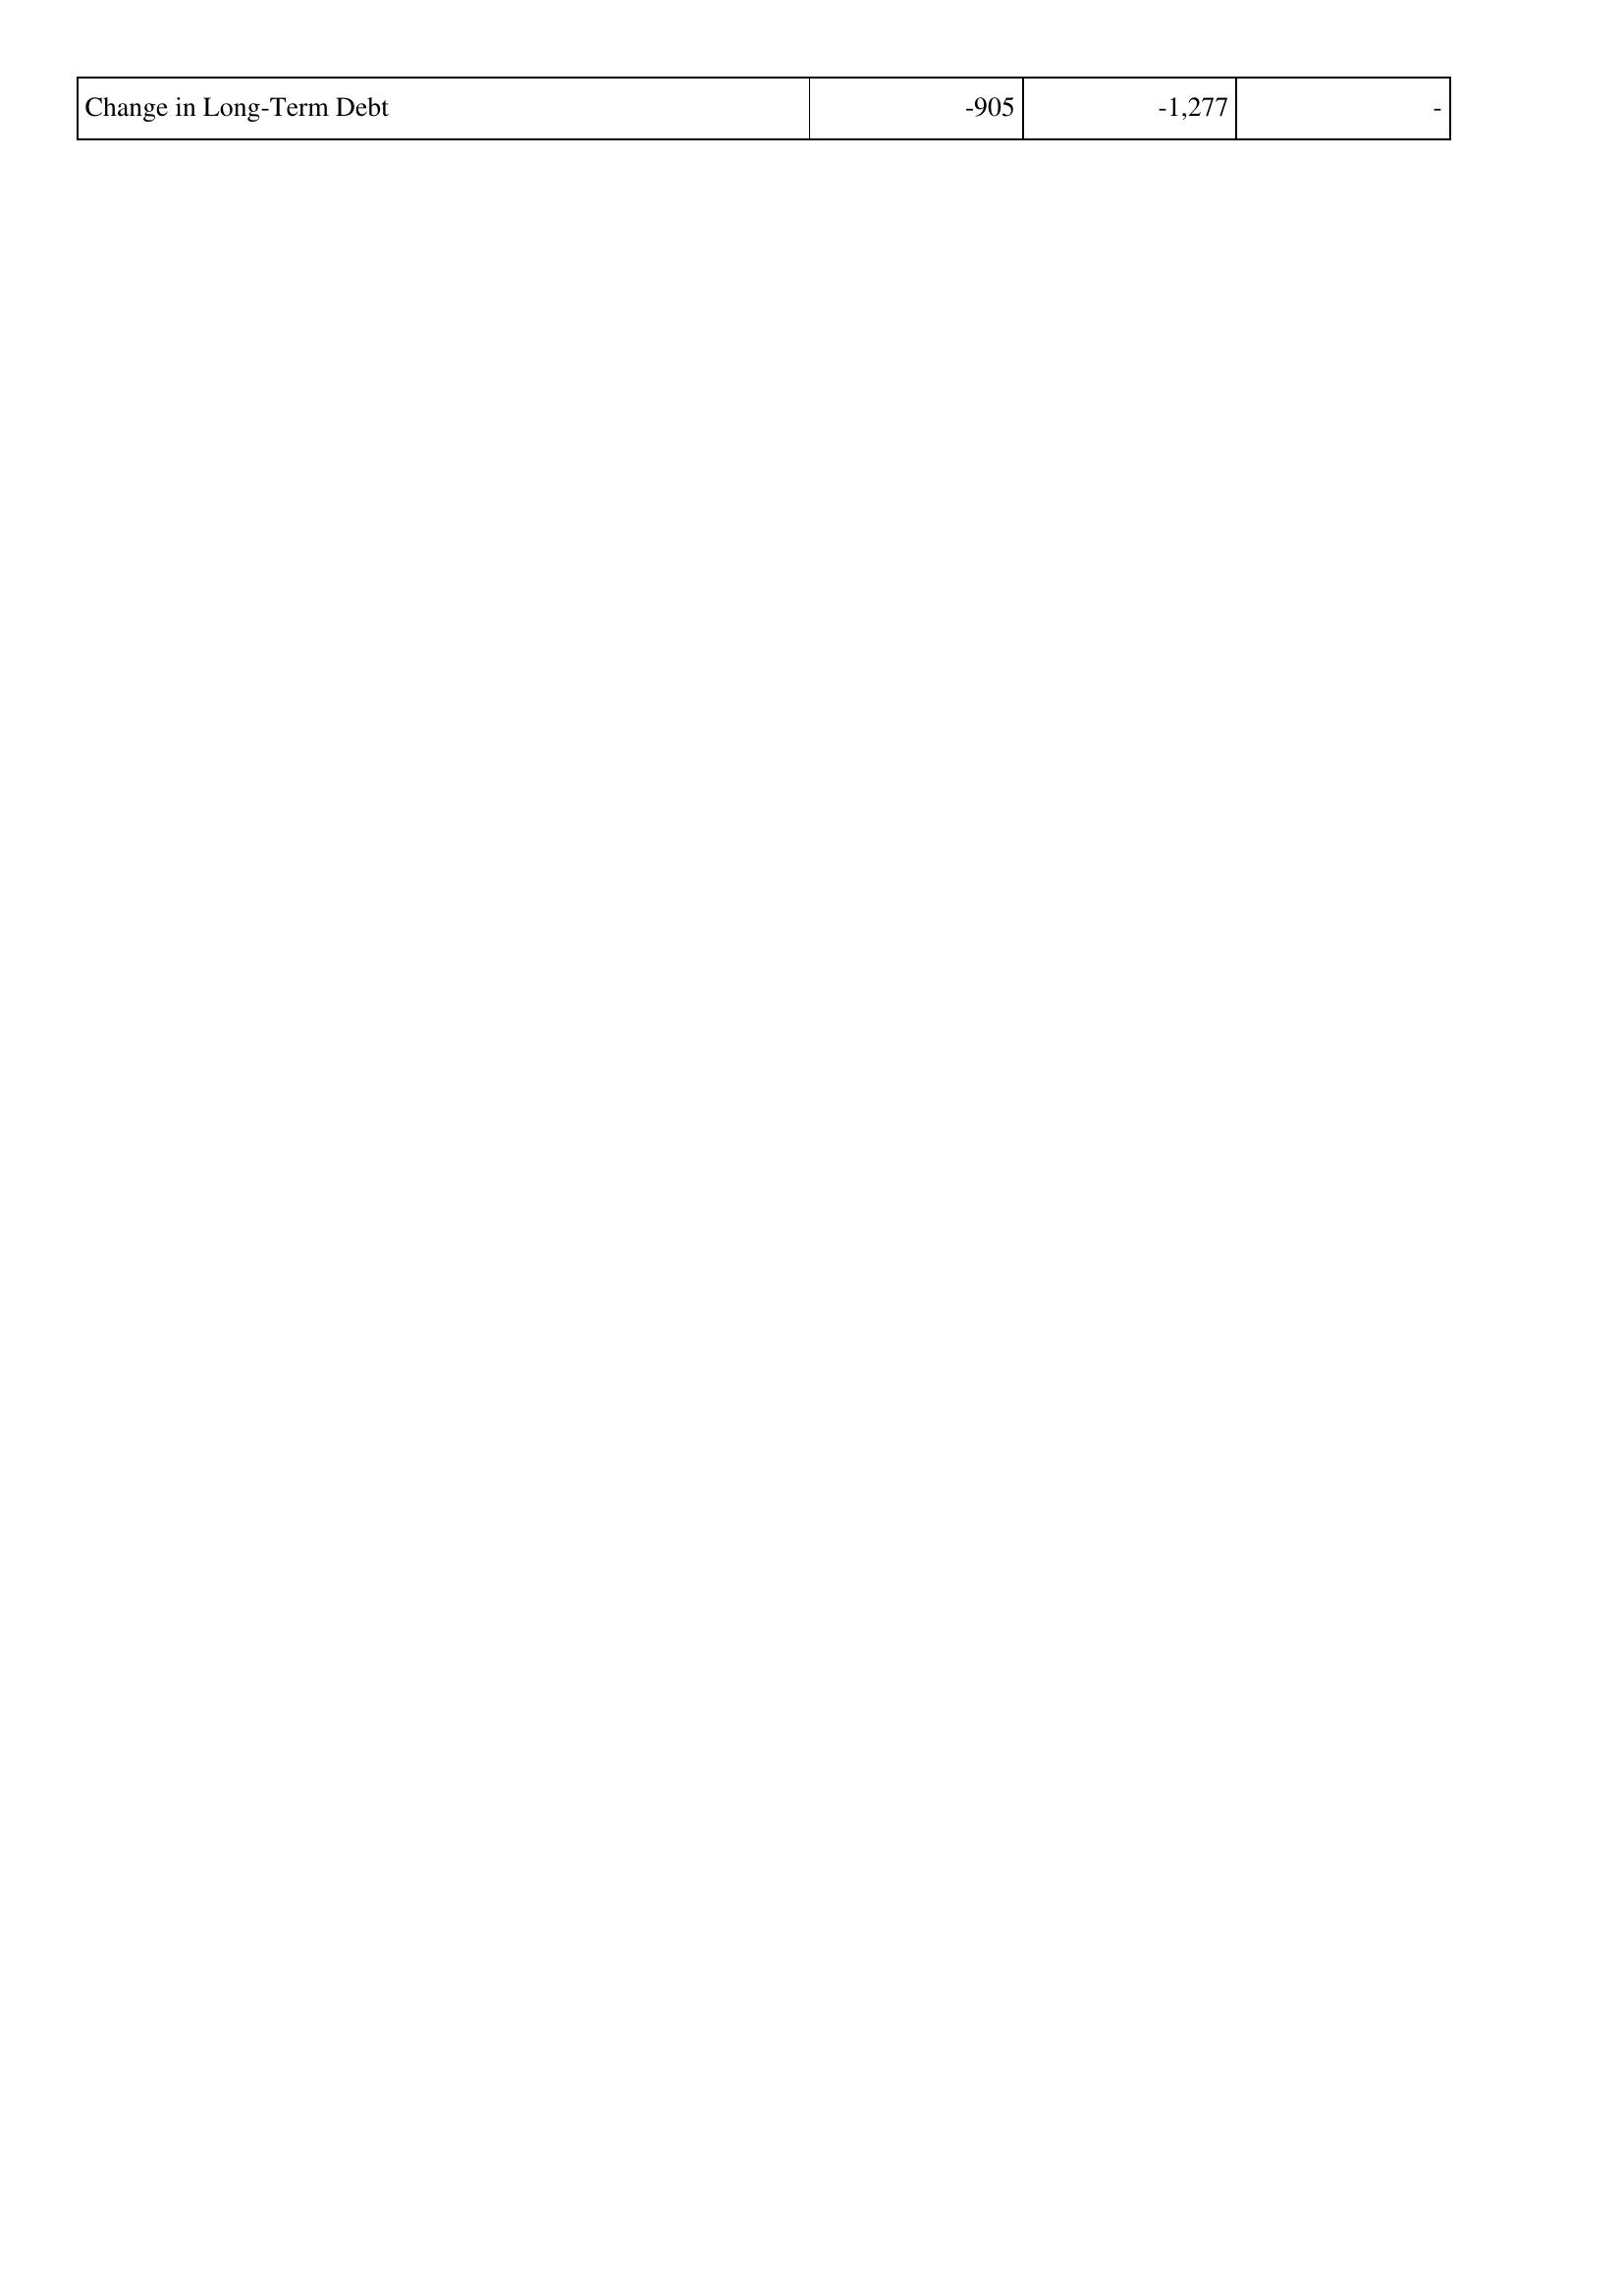
2024: Financing Activities: Change in Long-Term Debt: -905
2023: Financing Activities: Change in Long-Term Debt: -1,277
2022: Financing Activities: Change in Long-Term Debt: -